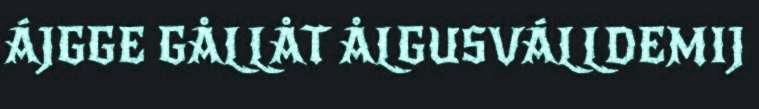
ÁJGGE GÅLLÅT ÅLGUSVÁLLDEMIJ